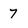
Character: 7